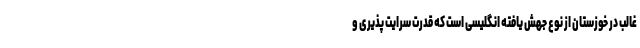
غالب در خوزستان از نوع جهش یافته انگلیسی است که قدرت سرایت پذیری و